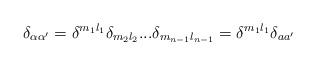
LaTeX: \begin{align*}\delta_{\alpha \alpha'} = \delta^{m_1l_1}\delta_{m_2l_2}...\delta_{m_{n-1}l_{n-1}}= \delta^{m_1l_1}\delta_{a a'}\end{align*}